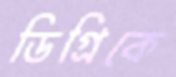
ডিগ্রিকে